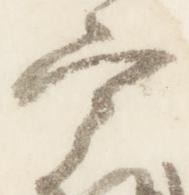
宰